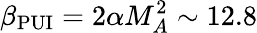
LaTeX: \beta_{\mathrm{PUI}}=2\alpha M_{A}^{2}\sim 12.8